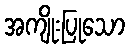
အကျိုးပြုသော